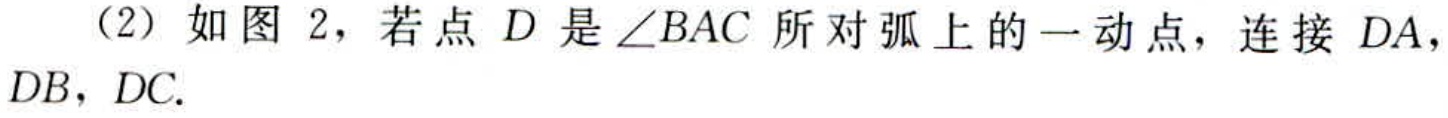
（2）如图 2，若点 \(D\) 是 \(\angle BAC\) 所对弧上的一动点，连接 \(DA\)，\(DB\)，\(DC\).